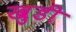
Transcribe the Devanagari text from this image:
खुडी